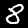
Label: 8